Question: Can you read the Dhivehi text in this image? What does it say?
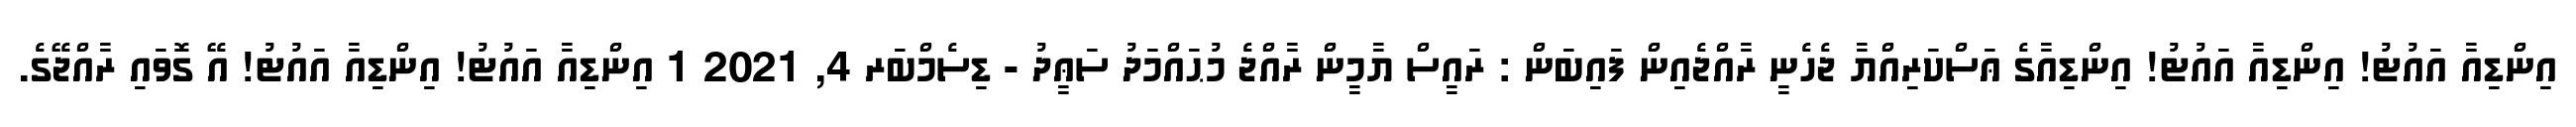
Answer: އިންޑިއާ އައުޓު! އިންޑިއާ އައުޓު! އިންޑިއާގެ ޢަސްކަރިއްޔާ ޖެހެނީ ރާއްޖެއިން ފައިބަން : ރައީސް ޔާމީން ރާއްޖެ މުޙައްމަދު ސަޢީދު - ޑިސެމްބަރ 4, 2021 1 އިންޑިއާ އައުޓު! އިންޑިއާ އައުޓު! އޭ ގޮވައި ރާއްޖޭގެ.